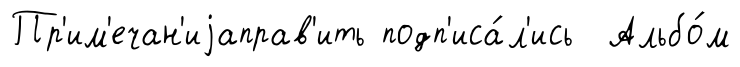
Пр'им'ечан'иjаправ'ить подп'иса́л'ись Альбо́м